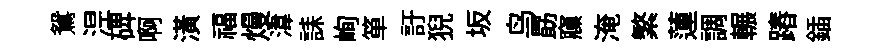
鴛𣵀𥓓啊潢福熳湋誄峋箪訏猊坂鸟勗䆿淹繁蓮調輾蹖鍤